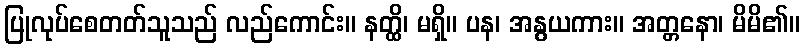
ပြုလုပ်စေတတ်သူသည် လည်ကောင်း။ နတ္ထိ၊ မရှိ။ ပန၊ အနွယကား။ အတ္တနော၊ မိမိ၏။